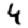
Digit: 4